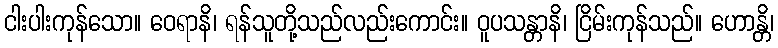
ငါးပါးကုန်သော။ ဝေရာနိ၊ ရန်သူတို့သည်လည်းကောင်း။ ဝူပသန္တာနိ၊ ငြိမ်းကုန်သည်။ ဟောန္တိ၊